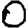
Digit: 0